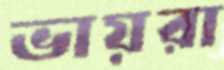
ভায়রা